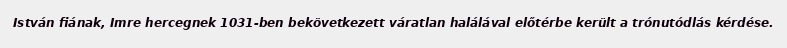
István fiának, Imre hercegnek 1031-ben bekövetkezett váratlan halálával előtérbe került a trónutódlás kérdése.